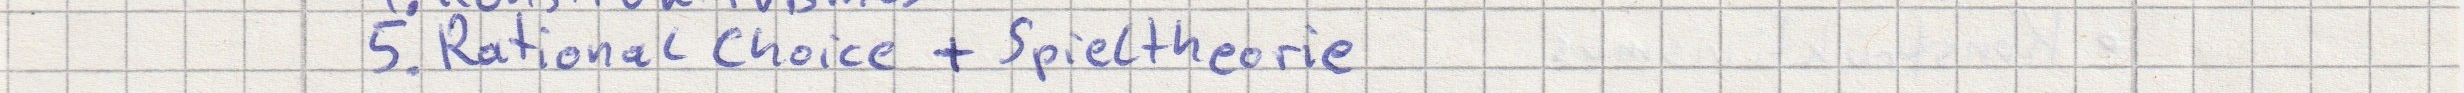
5. Rational Choice + Spieltheorie